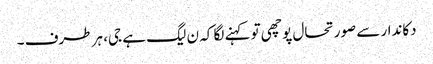
دکاندار سے صورتحال پوچھی تو کہنے لگا کہ ن لیگ ہے جی، ہر طرف ۔